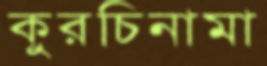
কুরচিনামা